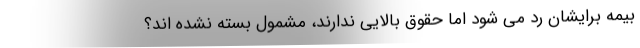
بیمه برایشان رد می شود اما حقوق بالایی ندارند، مشمول بسته نشده اند؟